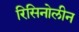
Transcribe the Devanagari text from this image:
रिसिनोलीन